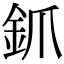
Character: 釽